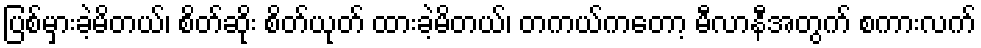
ပြစ်မှားခဲ့မိတယ်၊ စိတ်ဆိုး စိတ်ယုတ် ထားခဲ့မိတယ်၊ တကယ်ကတော့ မီလာနီအတွက် စကားလက်